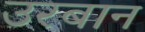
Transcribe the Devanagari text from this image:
उरबान